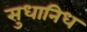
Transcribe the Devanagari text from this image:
सुधानिध